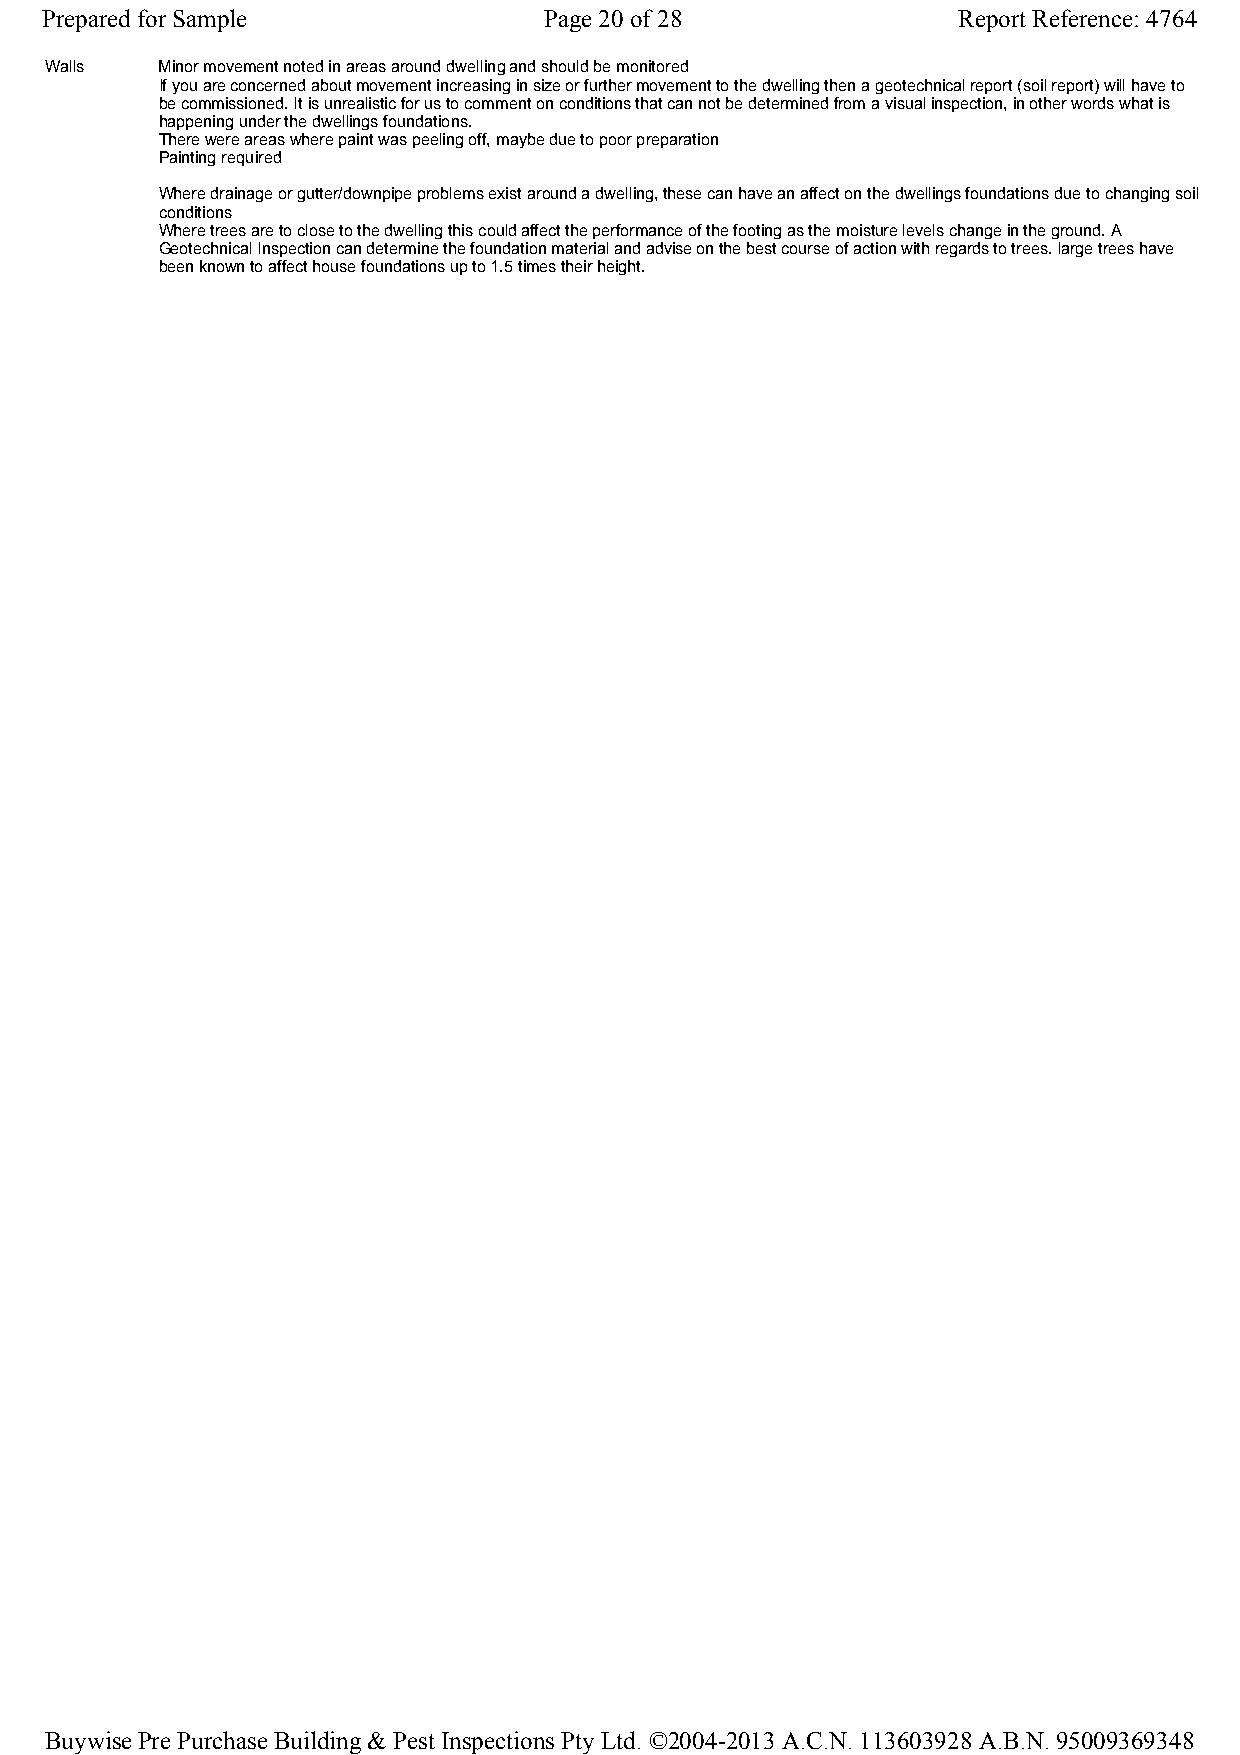
Prepared for Sample              Page 20 of 28              Report Reference: 4764
 Walls   Minor movement noted in areas around dwelling and should be monitored
 If you are concerned about movement increasing in size or further movement to the dwelling then a geotechnical report (soil report) will have to
 be commissioned. It is unrealistic for us to comment on conditions that can not be determined from a visual inspection, in other words what is
 happening under the dwellings foundations.
 There were areas where paint was peeling off, maybe due to poor preparation
 Painting required
 Where drainage or gutter/downpipe problems exist around a dwelling, these can have an affect on the dwellings foundations due to changing soil
 conditions
 Where trees are to close to the dwelling this could affect the performance of the footing as the moisture levels change in the ground. A
 Geotechnical Inspection can determine the foundation material and advise on the best course of action with regards to trees. large trees have
 been known to affect house foundations up to 1.5 times their height.
 Buywise Pre Purchase Building & Pest Inspections Pty Ltd. ©2004-2013 A.C.N. 113603928 A.B.N. 95009369348